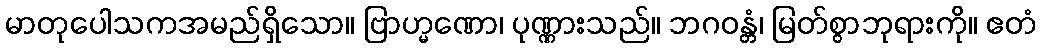
မာတုပေါသကအမည်ရှိသော။ ဗြာဟ္မဏော၊ ပုဏ္ဏားသည်။ ဘဂဝန္တံ၊ မြတ်စွာဘုရားကို။ ဧတံ